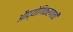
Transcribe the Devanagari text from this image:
औद्योगिकरणाची